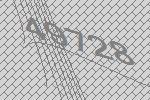
49728